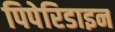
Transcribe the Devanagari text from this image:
पिपेरिडाइन